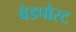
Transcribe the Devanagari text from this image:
बेडपोस्ट